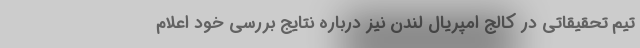
تیم تحقیقاتی در کالج امپریال لندن نیز درباره نتایج بررسی خود اعلام